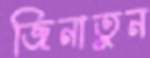
জিনাতুন